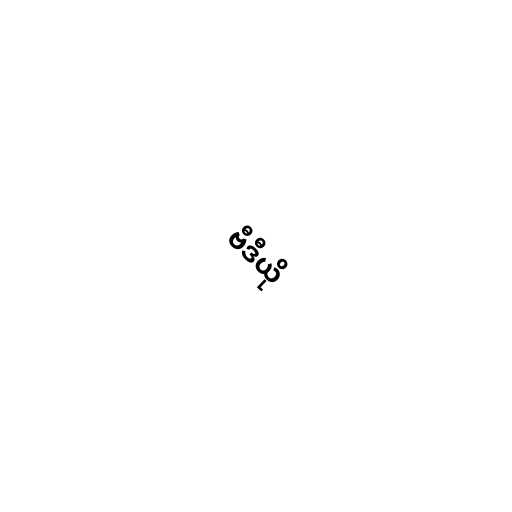
ဗီဒီယို